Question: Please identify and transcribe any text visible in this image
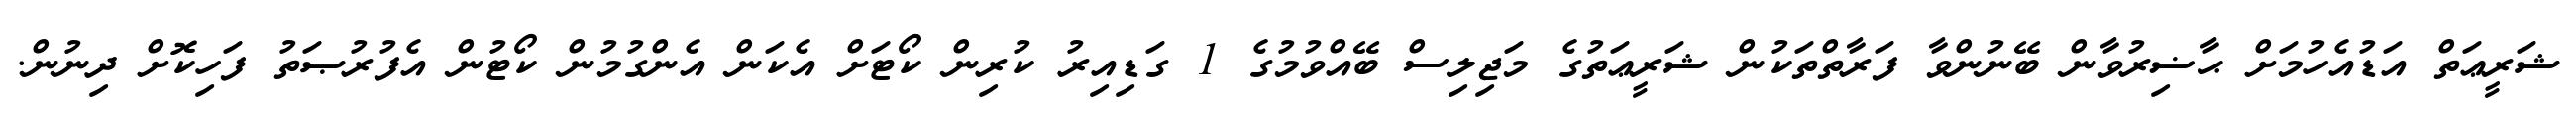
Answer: ޝަރީޢަތް އަޑުއެހުމަށް ޙާޟިރުވާން ބޭނުންވާ ފަރާތްތަކުން ޝަރީޢަތުގެ މަޖިލިސް ބޭއްވުމުގެ 1 ގަޑިއިރު ކުރިން ކޯޓަށް އެކަން އެންގުމުން ކޯޓުން އެފުރުޞަތު ފަހިކޮށް ދިނުން.